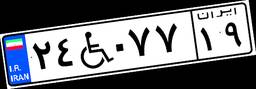
۶۹W۸۴۴۳۸